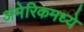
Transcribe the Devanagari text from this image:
अमेरिकमध्ये